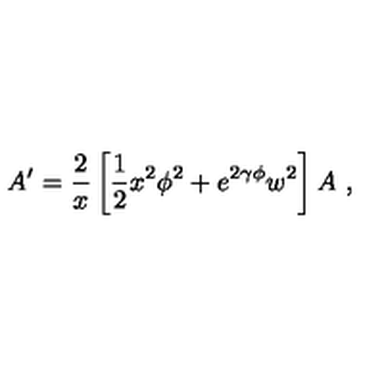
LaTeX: A ^ { \prime } = \frac { 2 } { x } \left[ \frac { 1 } { 2 } x ^ { 2 } \phi ^ { 2 } + e ^ { 2 \gamma \phi } w ^ { 2 } \right] A \ ,